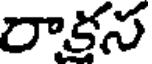
రాకన